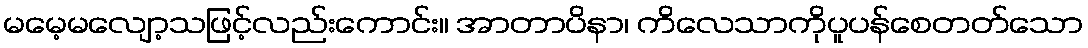
မမေ့မလျော့သဖြင့်လည်းကောင်း။ အာတာပိနာ၊ ကိလေသာကိုပူပန်စေတတ်သော